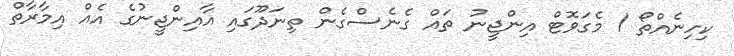
ކިހިނެއްތޯ 1 މެގަވޮޓް އިންޖީނު ތައް ގެނެސްގެން ތިނަދޫގައި އާއިންޖީނުގެ އެއް އިމާރާތް